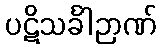
ပဋိသင်္ခါဉာဏ်